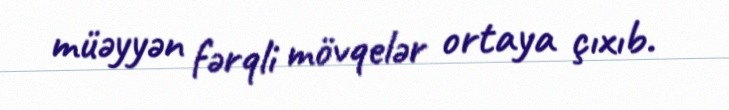
müəyyən fərqli mövqelər ortaya çıxıb.